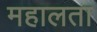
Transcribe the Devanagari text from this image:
महालता